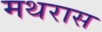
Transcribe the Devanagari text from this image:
मथरास